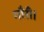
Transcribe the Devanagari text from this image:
गौरी।